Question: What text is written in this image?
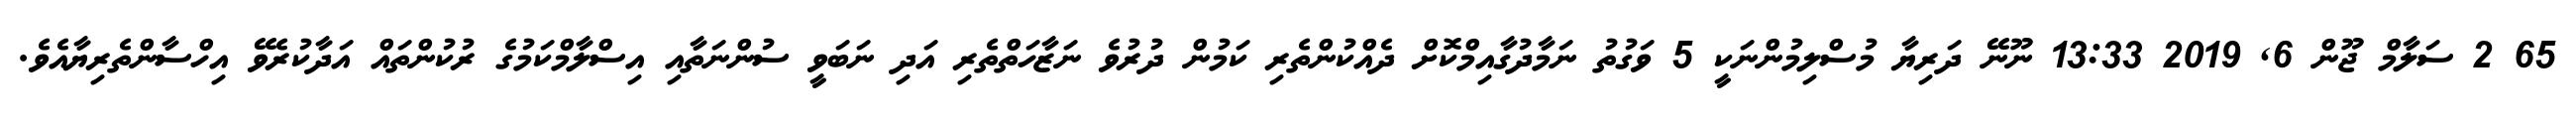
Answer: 65 2 ސަލާމް ޖޫން 6, 2019 13:33 ނޫނޭ ދަރިޔާ މުސްލިމުންނަކީ 5 ވަގުތު ނަމާދުގާއިމްކޮށް ދެއްކުންތެރި ކަމުން ދުރުވެ ނަޒާހަތްތެރި އަދި ނަބަވީ ސުންނަތާއި އިސްލާމްކަމުގެ ރުކުންތައް އަދާކުރެވޭ އިހްސާންތެރިޔާއެވެ.